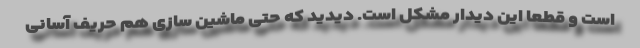
است و قطعا این دیدار مشکل است. دیدید که حتی ماشین سازی هم حریف آسانی